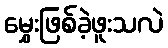
မွှေးဖြစ်ခဲ့ဖူးသလဲ